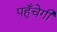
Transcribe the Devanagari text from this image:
पहुँचेगी